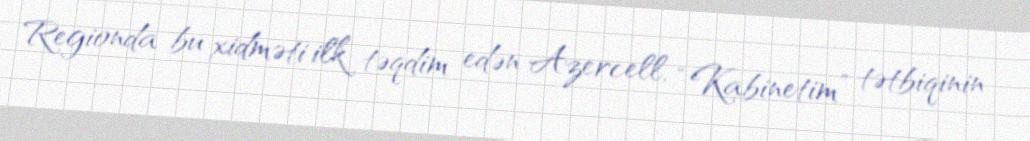
Regionda bu xidməti ilk təqdim edən Azercell, “Kabinetim” tətbiqinin